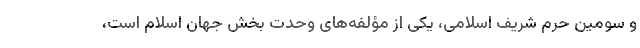
و سومین حرمِ شریف اسلامی، یکی از مؤلفه‌های وحدت بخش جهان اسلام است،